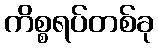
ကိစ္စရပ်တစ်ခု